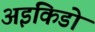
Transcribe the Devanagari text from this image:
अइकिडो